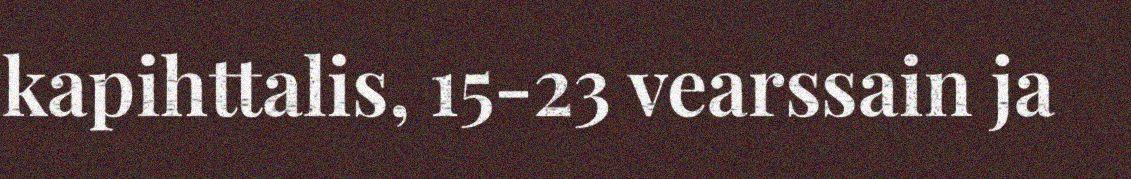
kapihttalis, 15-23 vearssain ja